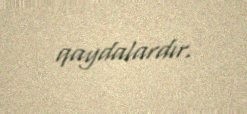
qaydalardır.